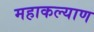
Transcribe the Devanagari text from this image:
महाकल्याण